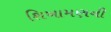
શિખામણની